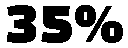
35%